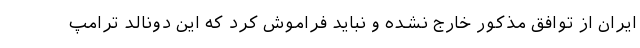
ایران از توافق مذکور خارج نشده و نباید فراموش کرد که این دونالد ترامپ